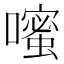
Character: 𪢗